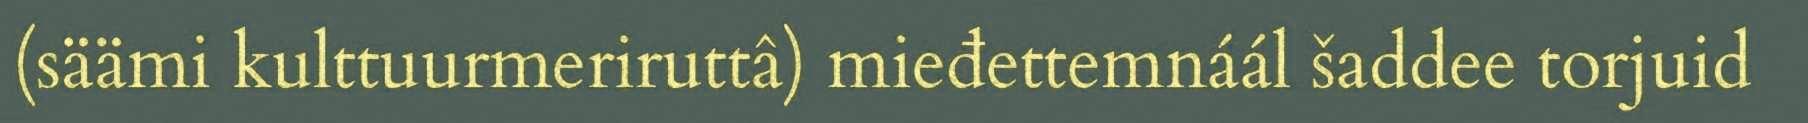
(säämi kulttuurmeriruttâ) mieđettemnáál šaddee torjuid